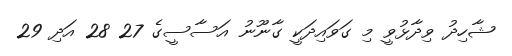
ޝާހިދު ވިދާޅުވީ މި ގަވައިދަކީ ގާނޫނު އަސާސީގެ 27 28 އަދި 29